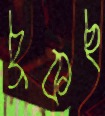
চুকছ